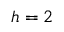
h = 2